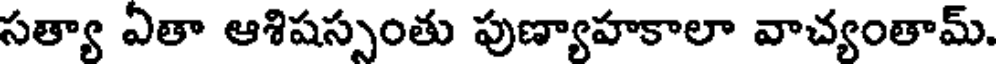
సత్యా ఏతా ఆశిషస్సంతు పుణ్యాహకాలా వాచ్యంతామ్.